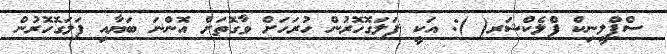
ސްޕްލީނިކް ފްލެކްޝަރ( ): އަކީ ފަލަގޮހޮރުން ހުރަހަށް ވާގޮތަށް އޮންނަ ބަޔާއި ފަލަގޮހޮރުން